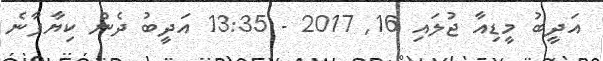
އަދީބު މީޑިއާ ޖުލައި 16